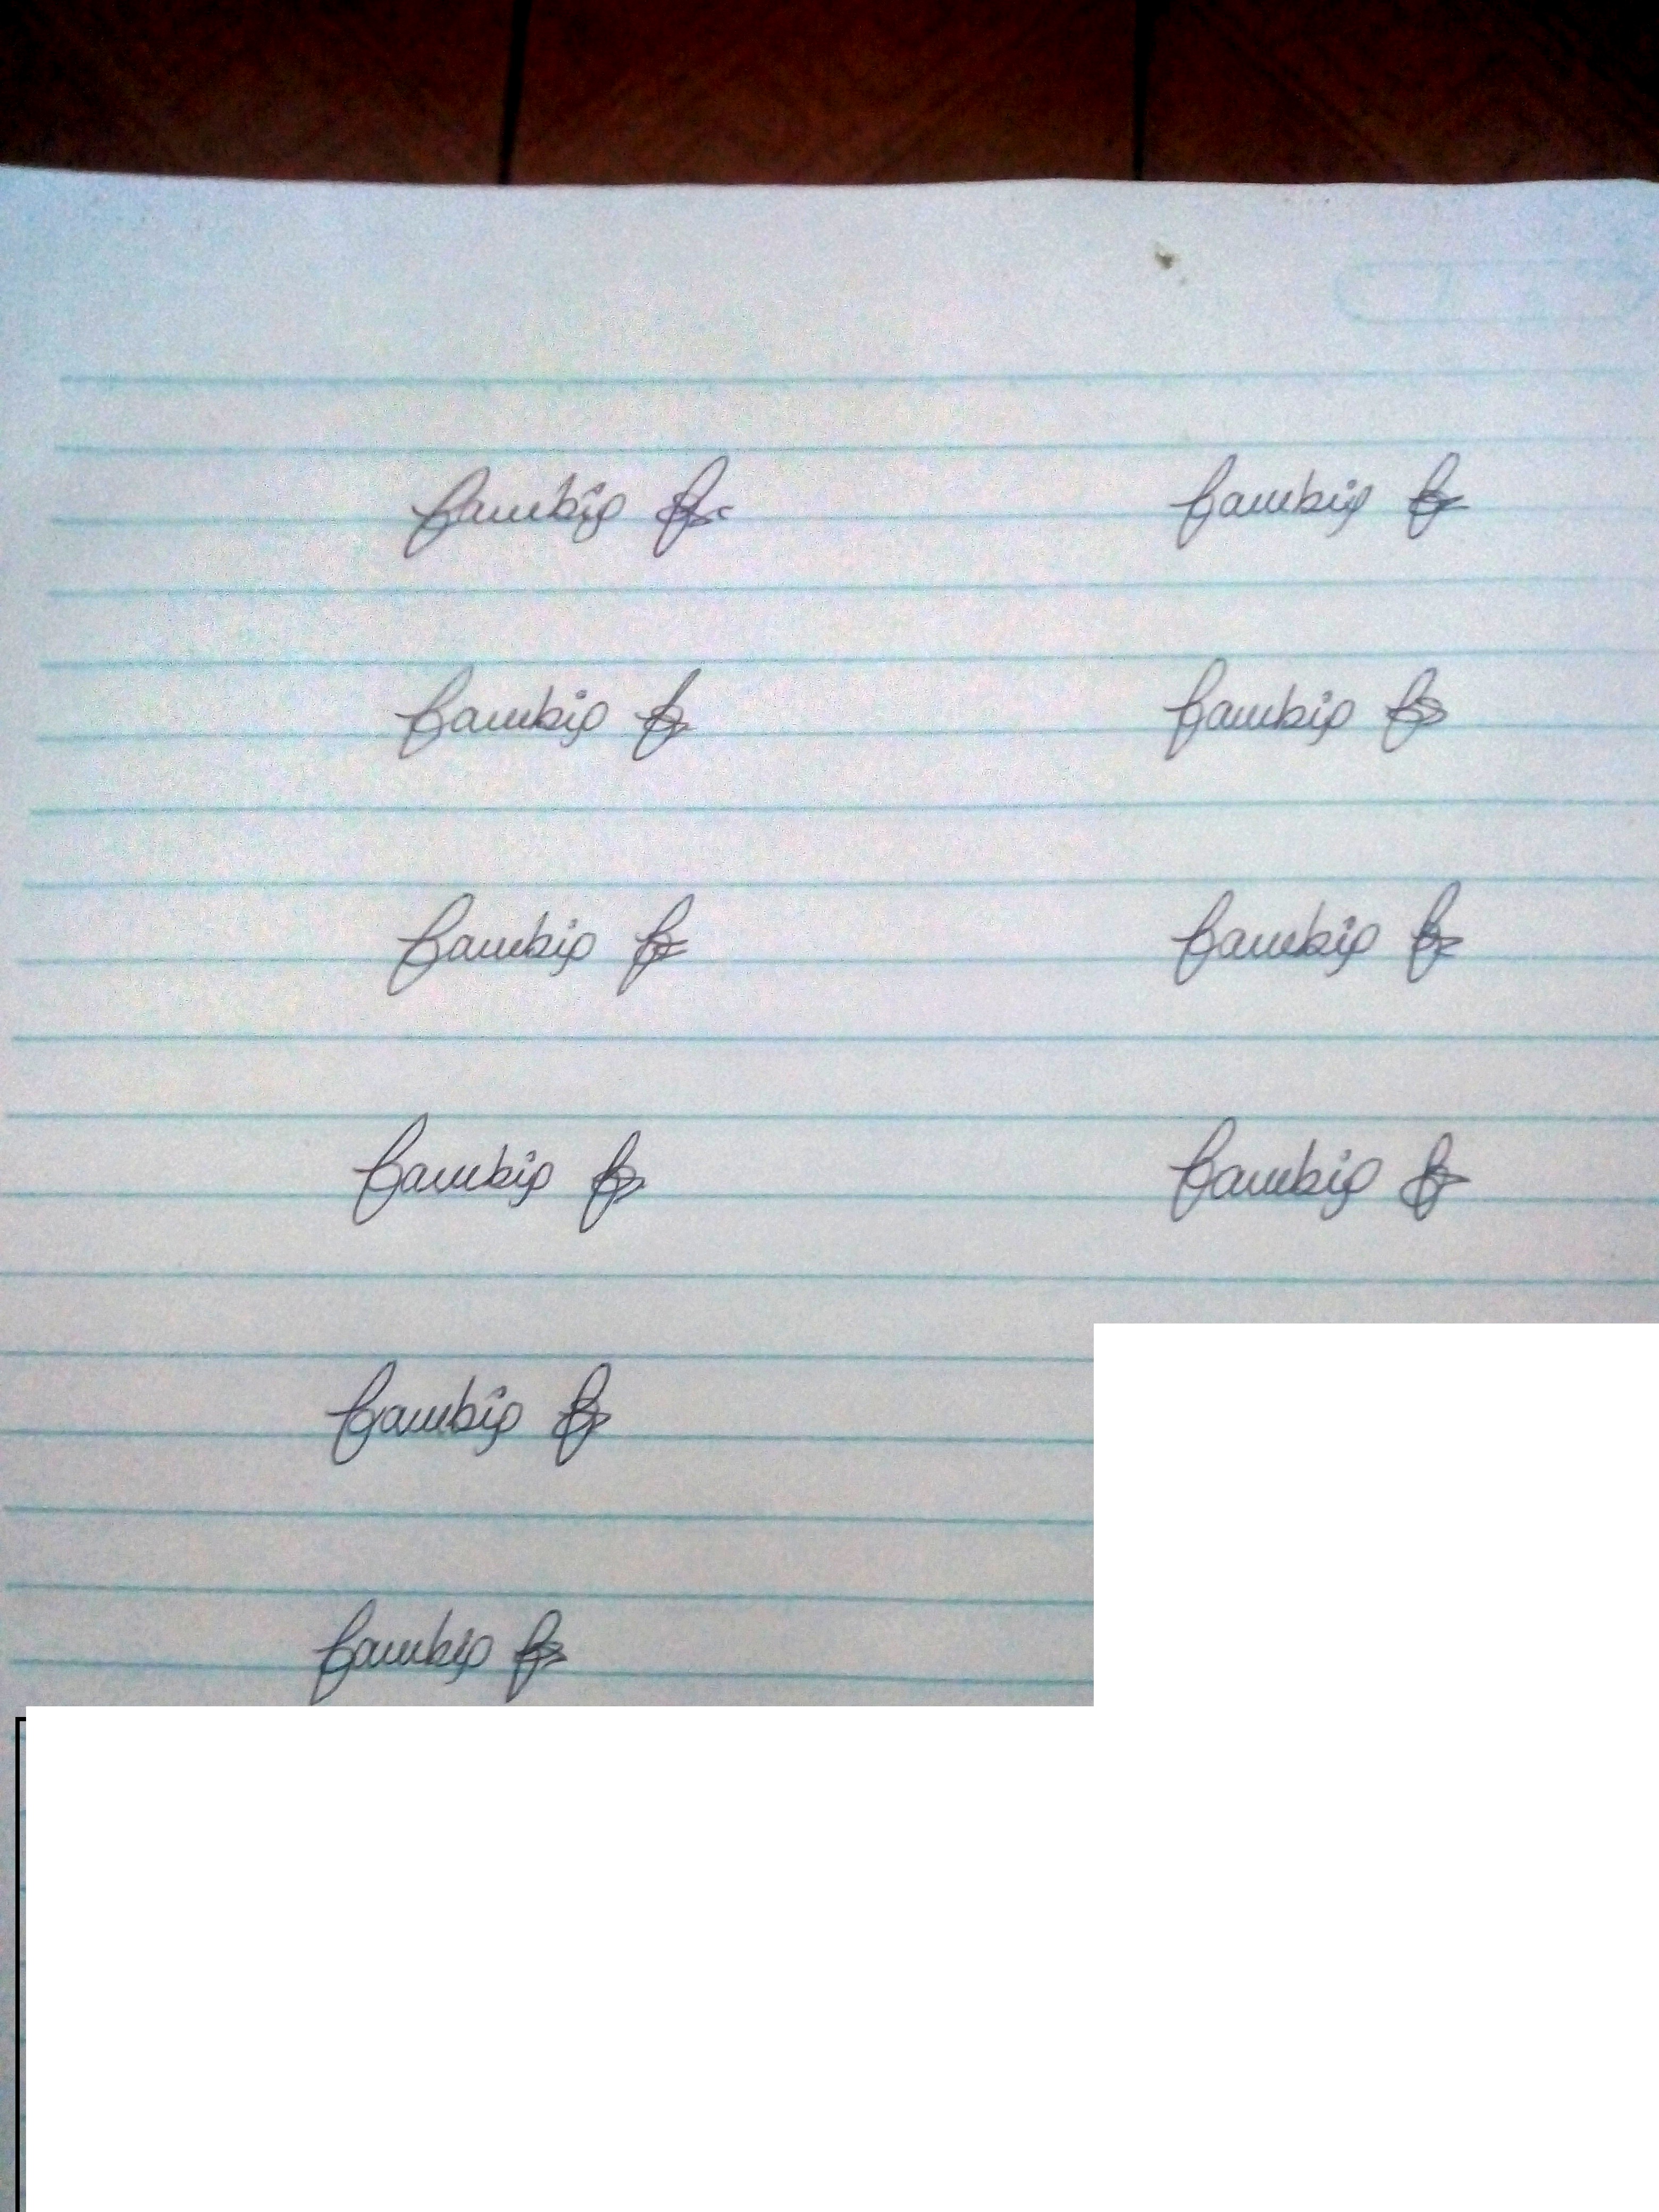
Signature authenticity: genuine